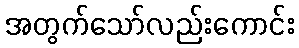
အတွက်သော်လည်းကောင်း